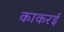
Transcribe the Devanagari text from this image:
काकरई